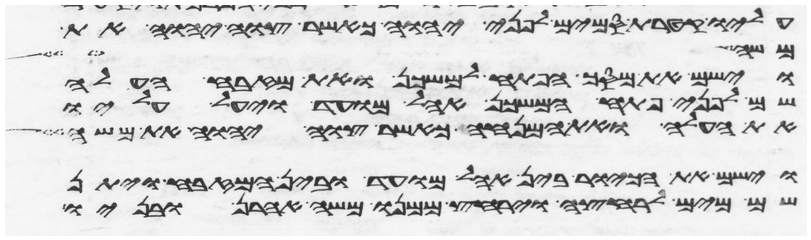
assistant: עליו קטרת סמים לפני יהוה כאשר צוה יהוה את
משה האיש
וישם את מסך הפתח למשכן ואת מזבח העלה
שם לפני פתח המשכן אהל מועד ויעל עליו
את העלה ואת המנחה כאשר צוה יהוה את משה
וישם את הכיור בין אהל מועד ובין המזבח ויתן
שם מים לרחצה וירחץ ממנו משה אהרן ובניו